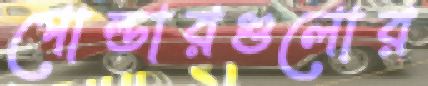
পোল্ডারগুলোর